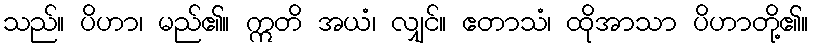
သည်။ ပိဟာ၊ မည်၏။ ဣတိ အယံ၊ လျှင်။ ဧတာသံ၊ ထိုအာသာ ပိဟာတို့၏။